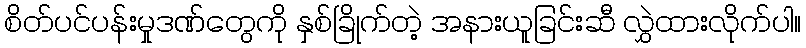
စိတ်ပင်ပန်းမှုဒဏ်တွေကို နှစ်ခြိုက်တဲ့ အနားယူခြင်းဆီ လွှဲထားလိုက်ပါ။